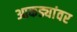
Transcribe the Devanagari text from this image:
आकड्यांवर